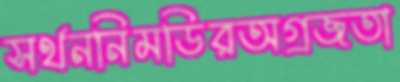
সর্থননিমডিরঅগ্রজতা